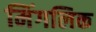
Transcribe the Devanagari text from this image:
मिंगलिक